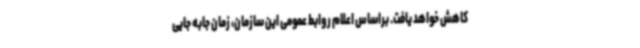
کاهش خواهد یافت. براساس اعلام روابط عمومی این سازمان، زمان جابه جایی